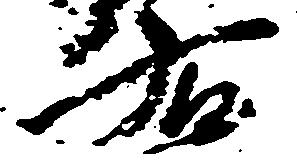
右